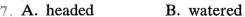
7. A. Headec B. watered